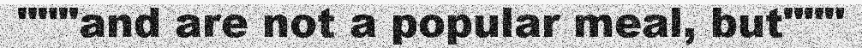
"""and are not a popular meal, but"""